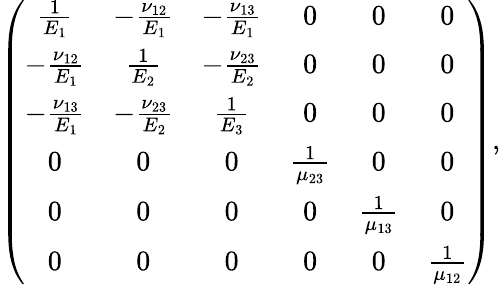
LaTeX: \left(\begin{array}{cccccc}{\frac{1}{E_{1}}}&{-\frac{\nu_{12}}{E_{1}}}&{-\frac{\nu_{13}}{E_{1}}}&{0}&{0}&{0}\\ {-\frac{\nu_{12}}{E_{1}}}&{\frac{1}{E_{2}}}&{-\frac{\nu_{23}}{E_{2}}}&{0}&{0}&{0}\\ {-\frac{\nu_{13}}{E_{1}}}&{-\frac{\nu_{23}}{E_{2}}}&{\frac{1}{E_{3}}}&{0}&{0}&{0}\\ {0}&{0}&{0}&{\frac{1}{\mu_{23}}}&{0}&{0}\\ {0}&{0}&{0}&{0}&{\frac{1}{\mu_{13}}}&{0}\\ {0}&{0}&{0}&{0}&{0}&{\frac{1}{\mu_{12}}}\end{array}\right),